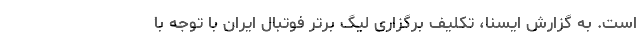
است. به گزارش ایسنا، تکلیف برگزاری لیگ برتر فوتبال ایران با توجه با